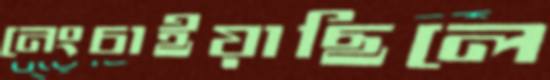
নেংচাইয়াছিলে